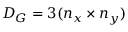
D _ { G } = 3 ( n _ { x } \times n _ { y } )